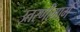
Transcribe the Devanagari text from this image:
उतरणीमार्गे